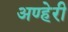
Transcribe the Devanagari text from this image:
अण्हेरी